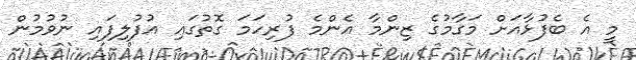
މީ އެ ބެފުޅާއަށް މަގާމުގެ ޒިންމާ އެންމެ ފުރިހަމަ ގޮތުގައި އުފުލިފައި ނުވުމުން